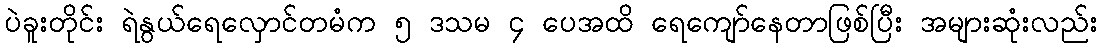
ပဲခူးတိုင်း ရဲနွယ်ရေလှောင်တမံက ၅ ဒသမ ၄ ပေအထိ ရေကျော်နေတာဖြစ်ပြီး အများဆုံးလည်း